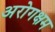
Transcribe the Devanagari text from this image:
अरोगक्षम